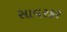
સાવરકર